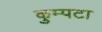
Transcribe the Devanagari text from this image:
कुम्पटा